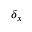
\delta _ { x }